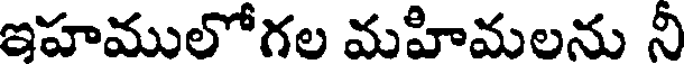
ఇహములోగల మహిమలను నీ